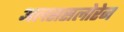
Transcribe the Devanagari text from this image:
अलससलोरेन